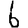
Digit: 6